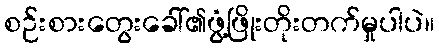
စဉ်းစားတွေးခေါ်၏ဖွံ့ဖြိုးတိုးတက်မှုပါပဲ။